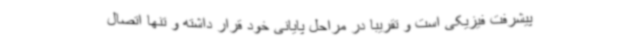
پیشرفت فیزیکی است و تقریبا در مراحل پایانی خود قرار داشته و تنها اتصال